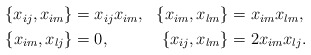
\begin{align*}\begin{aligned}\{x_{ij},x_{im}\} &= x_{ij}x_{im}, & \{x_{im},x_{lm}\} &= x_{im}x_{lm}, \\\{x_{im},x_{lj}\} &= 0, & \{x_{ij},x_{lm}\} &= 2x_{im}x_{lj}.\end{aligned}\end{align*}